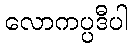
လောကပ္ပဒီပါ